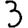
Digit: 3